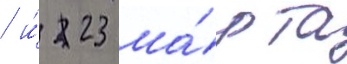
/ и́ 23 ма́рта